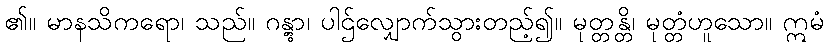
၏။ မာနသိကရော၊ သည်။ ဂန္တွာ၊ ပါဌ်လျှောက်သွားတည့်၍။ မုတ္တန္တိ၊ မုတ္တံဟူသော။ ဣမံ